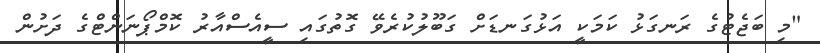
"މި ބަޖެޓުގެ ރަނގަޅު ކަމަކީ އަޅުގަނޑަށް ގަބޫލުކުރެވޭ ގޮތުގައި ސީއެސްއާރު ކޮމްޕޯނަންޓްގެ ދަށުން